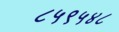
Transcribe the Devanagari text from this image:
८५९५४८